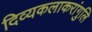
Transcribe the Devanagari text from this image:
दिव्यकलाकरांगुलि